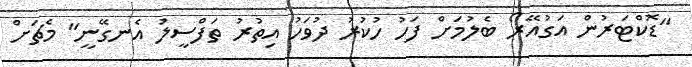
"ޑޮކްޓަރުން އަގުއޭރޯ ބެލުމަށް ފަހު ހުކުރު ދުވަހު އިތުރު ތަފްސީލު އެނގޭނީ" މެޗަށް